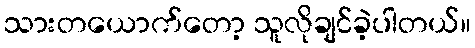
သားတယောက်တော့ သူလိုချင်ခဲ့ပါတယ်။